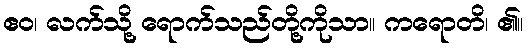
ဧဝ၊ လက်သို့ ရောက်သည်တို့ကိုသာ။ ကရောတိ၊ ၏။